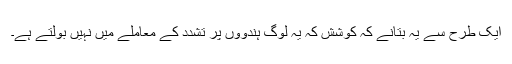
ایک طرح سے یہ بتانے کہ کوشش کہ یہ لوگ ہندوؤں پر تشدد کے معاملے میں نہیں بولتے ہے۔